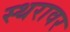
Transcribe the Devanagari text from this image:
स्थरावर